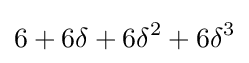
6+6\delta +6\delta ^{2}+6\delta ^{3}